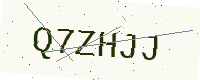
Text: Q7ZHJJ